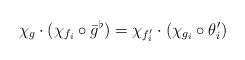
LaTeX: \begin{align*}\chi_g\cdot (\chi_{f_i}\circ \bar g^{\flat})=\chi_{f_i'}\cdot (\chi_{g_i}\circ \theta_i')\end{align*}